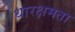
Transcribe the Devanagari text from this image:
धारक्षमता